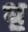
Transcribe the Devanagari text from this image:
ध़॒